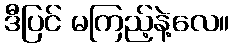
ဒီပြင် မကြည့်နဲ့လေ။